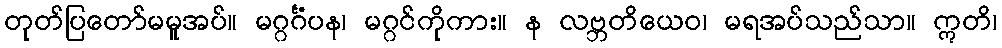
တုတ်ပြတော်မမူအပ်။ မဂ္ဂင်္ဂံပန၊ မဂ္ဂင်ကိုကား။ န လဗ္ဘတိယေဝ၊ မရအပ်သည်သာ။ ဣတိ၊